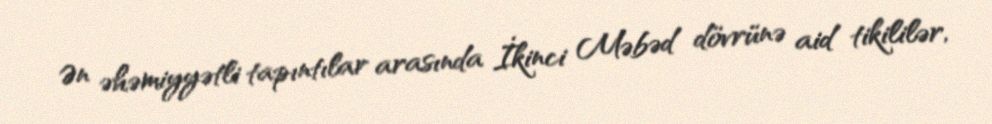
Ən əhəmiyyətli tapıntılar arasında İkinci Məbəd dövrünə aid tikililər,